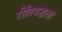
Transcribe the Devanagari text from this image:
रीतिबद्धता